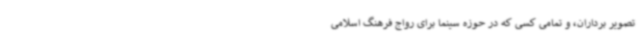
تصویر برداران، و تمامی کسی که در حوزه سینما برای رواج فرهنگ اسلامی